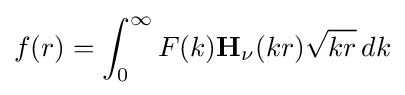
f(r)=\int _{0}^{\infty }F(k)\mathbf {H} _{\nu }(kr){\sqrt {kr}}\,dk